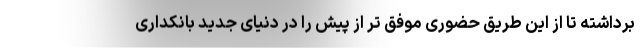
برداشته تا از این طریق حضوری موفق تر از پیش را در دنیای جدید بانکداری